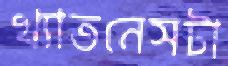
খ্যাতনেসটা